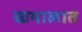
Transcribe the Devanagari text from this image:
खयालात